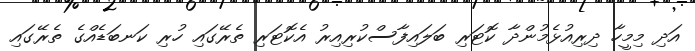
އަދި މިމީހާ ދިރިއުޅެމުންދާ ކޮޓަރި ބަލައިފާސްކުރިއިރު އެކޮޓަރި ތެރޭގައި ހުރި ކަނބަޑެއްގެ ތެރޭގައި